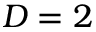
D = 2